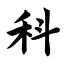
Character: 科